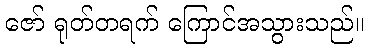
ဇော် ရုတ်တရက် ကြောင်အသွားသည်။